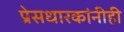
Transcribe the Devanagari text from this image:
प्रेसधारकांनीही